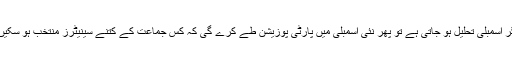
اور اگر اسمبلی تحلیل ہو جاتی ہے تو پھر نئی اسمبلی میں پارٹی پوزیشن طے کرے گی کہ کس جماعت کے کتنے سینیٹرز منتخب ہو سکیں گے۔